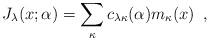
LaTeX: \begin{align*}J_\lambda (x;\alpha) = \sum_{\kappa} c_{\lambda \kappa} (\alpha) m_\kappa (x)\,\,\,,\end{align*}